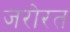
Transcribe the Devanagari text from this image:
जरोरत